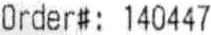
ORDER#: 140447